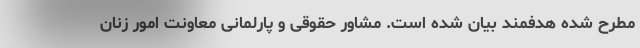
مطرح شده هدفمند بیان شده است. مشاور حقوقی و پارلمانی معاونت امور زنان